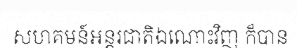
សហគមន៍អន្តរជាតិឯណោះវិញ ក៏បាន